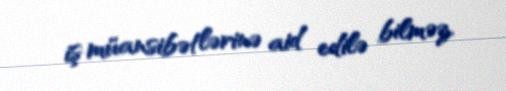
iş müansibətlərinə aid edilə bilməz.